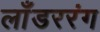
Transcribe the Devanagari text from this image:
लाँडररंग